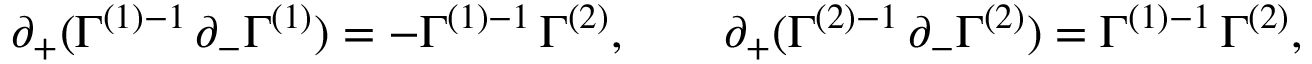
\partial _ { + } ( \Gamma ^ { ( 1 ) - 1 } \, \partial _ { - } \Gamma ^ { ( 1 ) } ) = - \Gamma ^ { ( 1 ) - 1 } \, \Gamma ^ { ( 2 ) } , \qquad \partial _ { + } ( \Gamma ^ { ( 2 ) - 1 } \, \partial _ { - } \Gamma ^ { ( 2 ) } ) = \Gamma ^ { ( 1 ) - 1 } \, \Gamma ^ { ( 2 ) } ,